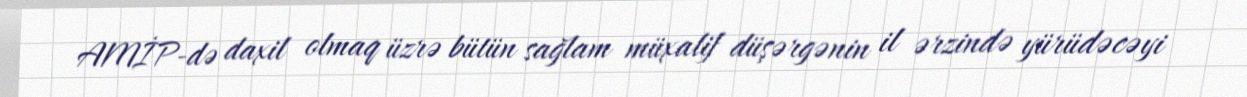
AMİP-də daxil olmaq üzrə bütün sağlam müxalif düşərgənin il ərzində yürüdəcəyi